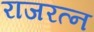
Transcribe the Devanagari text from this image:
राजरत्न